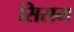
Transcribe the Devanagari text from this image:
सिसम